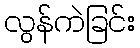
လွန်ကဲခြင်း